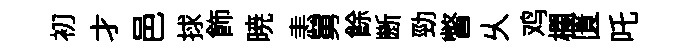
初才邑捄飾暁恚舅餘㫁勁瞥乆鸡欄匱吒